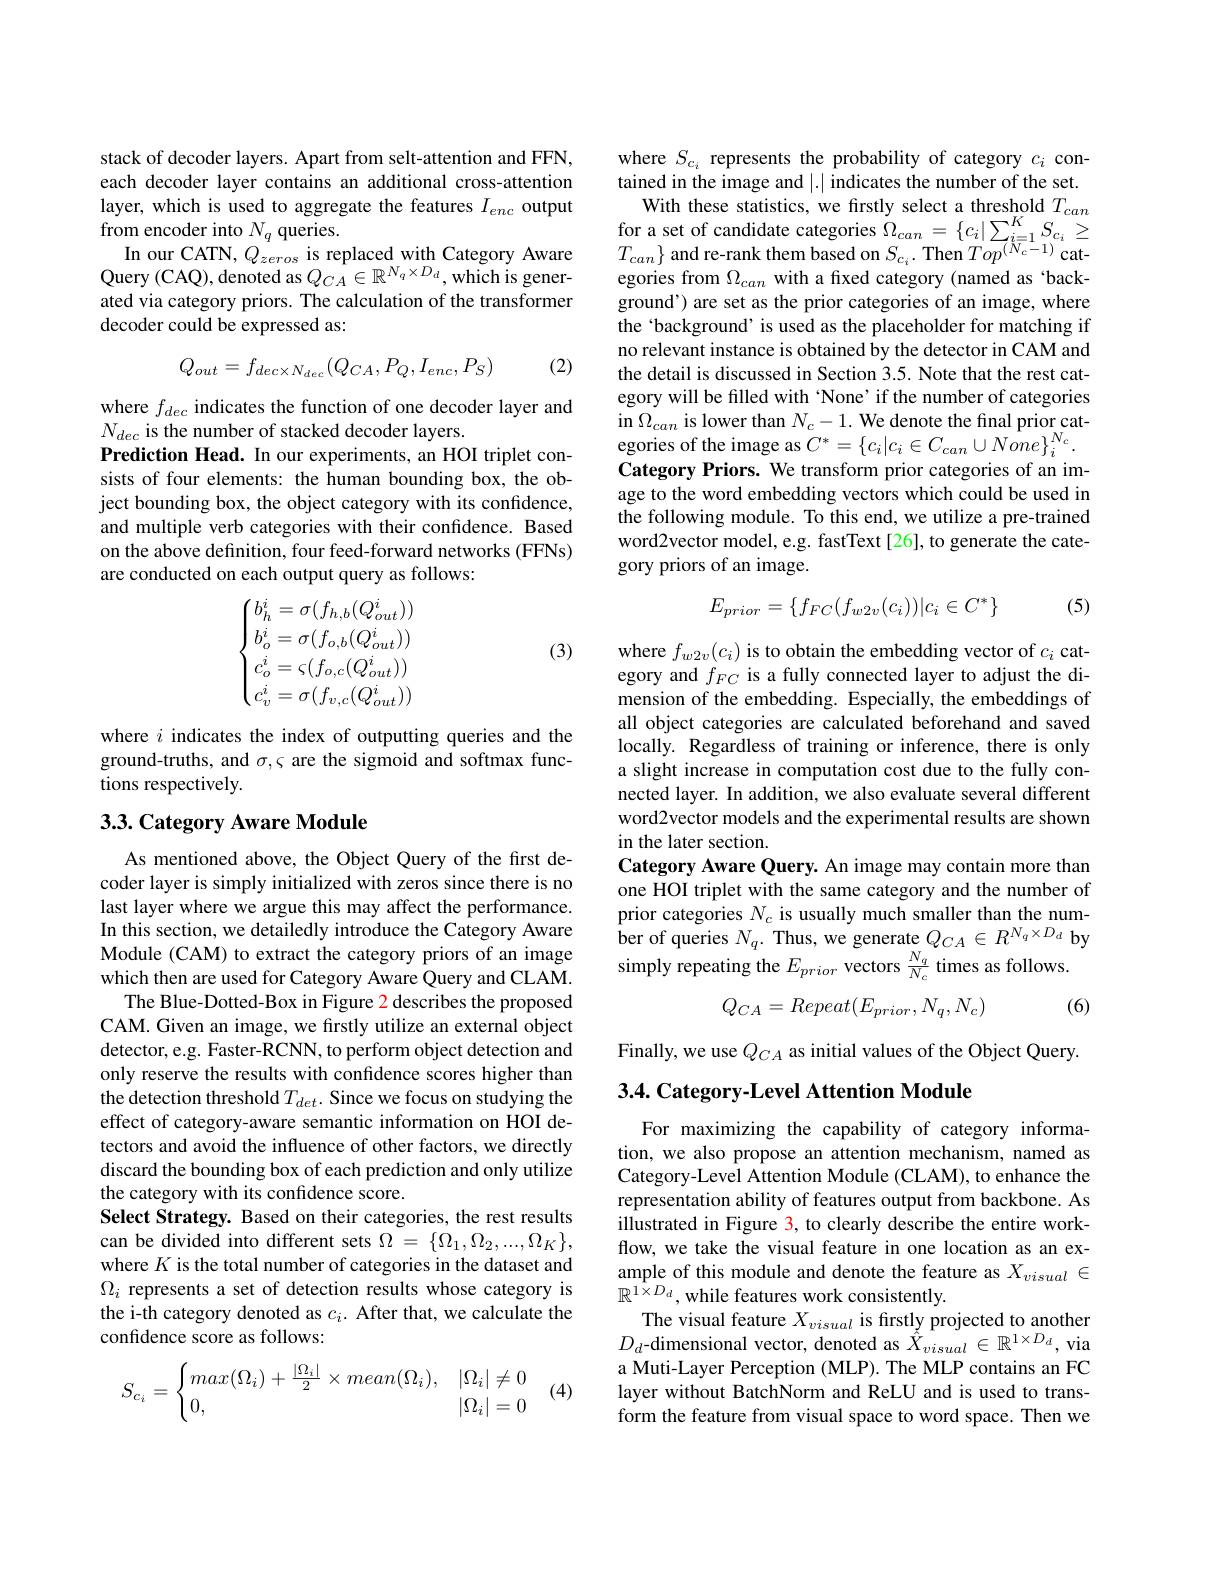
stack of decoder layers. Apart from selt-attention and FFN, each decoder layer contains an additional cross-attention layer, which is used to aggregate the features $I_enc$ output from encoder into $N_q$ queries.
In our CATN, $Q_{zeros}$ is replaced with Category Aware Query (CAQ), denoted as $Q_CA\in\mathbb{R}^{N_q\times D_d}$, which is generated via category priors. The calculation of the transformer decoder could be expressed as:
$$Q_{out}=f_{dec\times N_{dec}}(Q_{CA},P_{Q},I_{enc},P_{S})$$
(2)

where $f_dec$ indicates the function of one decoder layer and
$N_{dec}$ is the number of stacked decoder layers.
Prediction Head. In our experiments, an HOI triplet consists of four elements: the human bounding box, the object bounding box, the object category with its confidence, and multiple verb categories with their confidence. Based on the above definition, four feed-forward networks (FFNs) are conducted on each output query as follows:

(3)
$$\begin{aligned}&=\sigma(f_{h,b}(Q_{out}^{i}))\\&=\sigma(f_{o,b}(Q_{out}^{i}))\\&=\varsigma(f_{o,c}(Q_{out}^{i}))\\&=\sigma(f_{v,c}(Q_{out}^{i}))\end{aligned}$$
where $i$ indicates the index of outputting queries and the ground-truths, and $\sigma,\varsigma$ are the sigmoid and softmax functions respectively.

## 3.3. Category Aware Module

As mentioned above, the Object Query of the first decoder layer is simply initialized with zeros since there is no last layer where we argue this may affect the performance. In this section, we detailedly introduce the Category Aware Module (CAM) to extract the category priors of an image which then are used for Category Aware Query and CLAM.
The Blue-Dotted-Box in Figure 2 describes the proposed CAM. Given an image, we firstly utilize an external object detector, e.g. Faster-RCNN, to perform object detection and only reserve the results with confidence scores higher than the detection threshold $T_{det}.$ Since we focus on studying the effect of category-aware semantic information on HOI detectors and avoid the influence of other factors, we directly discard the bounding box of each prediction and only utilize the category with its confidence score.
Select Strategy. Based on their categories, the rest results can be divided into different sets $\Omega=\{\Omega_1,\Omega_2,...,\Omega_K\}$, where $K$ is the total number of categories in the dataset and $\Omega_i$ represents a set of detection results whose category is the i-th category denoted as $c_i.$ After that, we calculate the confidence score as follows:
$$S_{c_i}=\begin{cases}max(\Omega_i)+\frac{|\Omega_i|}{2}\times mean(\Omega_i),&|\Omega_i|\neq0\\0,&|\Omega_i|=0\end{cases}$$
(4)

where $S_{c_i}$ represents the probability of category $c_i$ contained in the image and |.| indicates the number of the set.
With these statistics, we firstly select a threshold $T_{can}$ $\begin{array}{l}{\mathrm{for~a~set~of~candidate~categories~}}{\dot{\Omega}_{can}=\{c_{i}|\sum_{i=1}^{K}S_{c_{i}}\geq}\\{T_{can}\}~\mathrm{and~re-rank~them~based~on~}S_{c_{i}}.~\mathrm{Then~}Top^{(N_{c}-1)}~\mathrm{cat-}}\end{array}$ egories from $\Omega_can$ with a fixed category (named as 'background') are set as the prior categories of an image, where the 'background’is used as the placeholder for matching if no relevant instance is obtained by the detector in CAM and the detail is discussed in Section 3.5. Note that the rest category will be filled with 'None' if the number of categories in $\Omega _{can}$ is lower than $N_c-1.$ We denote the final prior categories of the image as $C^*=\{c_i|c_i\in C_{can}\cup None\}_i^{N_c}.$ Category Priors. We transform prior categories of an image to the word embedding vectors which could be used in the following module. To this end, we utilize a pre-trained word2vector model, e.g. fastText[26], to generate the category priors of an image.

(5)
$$E_{prior}=\{f_{FC}(f_{w2v}(c_i))|c_i\in C^*\}$$
where $f_{w2v}(c_i)$ is to obtain the embedding vector of $c_i$ category and $f_{FC}$ is a fully connected layer to adjust the dimension of the embedding. Especially, the embeddings of all object categories are calculated beforehand and saved locally. Regardless of training or inference, there is only a slight increase in computation cost due to the fully connected layer. In addition, we also evaluate several different word2vector models and the experimental results are shown in the later section.
Category Aware Query. An image may contain more than one HOI triplet with the same category and the number of prior categories $N_c$ is usually much smaller than the num- ${\mathrm{ber~of~queries~}N_{q}.}$ Thus, we generate $Q_CA\in R^{N_{q}\times D_{d}}$ by simply repeating the $E_{prior}$ vectors $\frac{N_{q}}{N_{c}}$ times as follows.

(6)
$$Q_{CA}=Repeat(E_{prior},N_q,N_c)$$
Finally, we use $Q_CA$ as initial values of the Object Query.

3.4. Category-Level Attention Module

For maximizing the capability of category information, we also propose an attention mechanism, named as Category-Level Attention Module (CLAM), to enhance the representation ability of features output from backbone. As illustrated in Figure 3, to clearly describe the entire workflow, we take the visual feature in one location as an example of this module and denote the feature as $X_visual\in$ $\mathbb{R}^{1\times D_{d}}$,while features work consistently
The visual feature $X_{visual}$ is firstly projected to another $D_{d}$-dimensional vector, denoted as $\tilde{\hat{X}}_visual\in\mathbb{R}^{1\times D_{d}}$,via a Muti-Layer Perception (MLP). The MLP contains an FC layer without BatchNorm and ReLU and is used to transform the feature from visual space to word space. Then we